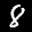
Label: 8